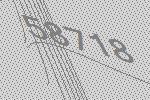
58718